system: You are a helpful assistant.
user:
Analyze the provided spectrum to determine if it is a **S-type Star**.

- **Key Indicators for S-type Star:**

    - **(Overall Spectrum Shape):** The first and most obvious characteristic is the overall continuum (the "baseline" shape). It is **extremely "red-sloping,"** meaning the flux (light intensity) is very low on the left side (blue, ~4000-4500 Å) and rises steeply and continuously toward the right side (red, ~7000 Å+).

    - **(Primary):** The spectrum is defined by the presence of strong, broad molecular absorption "valleys" (bands) from **Zirconium Oxide (ZrO)**. The identification of these bands is the **primary requirement** for classifying a star as S-type.
        - **(Key Bandheads):** You must find distinct, deep "dips" where the light has been absorbed. The most critical band systems to locate are:
            - **~6474 Å** ($\gamma$-system): This is often the strongest and clearest ZrO feature, found in the red part of the spectrum.
            - **~5718 Å** & **~5551 Å** ($\beta$-system): A pair of prominent absorption features in the yellow-orange part of the spectrum.
            - **~4640 Å** ($\alpha$-system): A key absorption band system in the blue-green region of the spectrum.

    - **(Secondary Confirmation):** The classification is strengthened by finding additional absorption bands from other related heavy element oxides, which are expected to be present alongside ZrO.
        - **(Key Bandheads):**
            - **Yttrium Oxide (YO):** Look for absorption dips near **~4800 Å** and **~6100 Å**.
            - **Lanthanum Oxide (LaO):** Additional absorption features, particularly in the red-orange part of the spectrum, are also characteristic.

    - **(Line Profile):** The combination of the steep red continuum and these numerous, deep molecular bands (ZrO, YO, etc.) gives the entire spectrum a very **"chopped-up"** or **"bumpy"** appearance. Instead of a smooth curve, the spectrum looks as though large, wide chunks of light have been "carved out" of it at the specific wavelengths listed above.

Think first, call **spectral_visualization_tool** if needed to examine features in detail, then provide your final answer. Your response must adhere to the following strict rules:
1.  **Overall Structure:** Your response must follow the format `<think>...</think> <tool_call>...</tool_call> (if a tool is used) <answer>...</answer>`.
2.  **Tool Usage Constraint:** You may only make **one** tool call per turn.
3.  **Final Answer Format:** In the `<answer>` tag, your conclusion must be inside a `\boxed{}` command (e.g., `\boxed{YES}` or `\boxed{NO}`), followed by your justification.

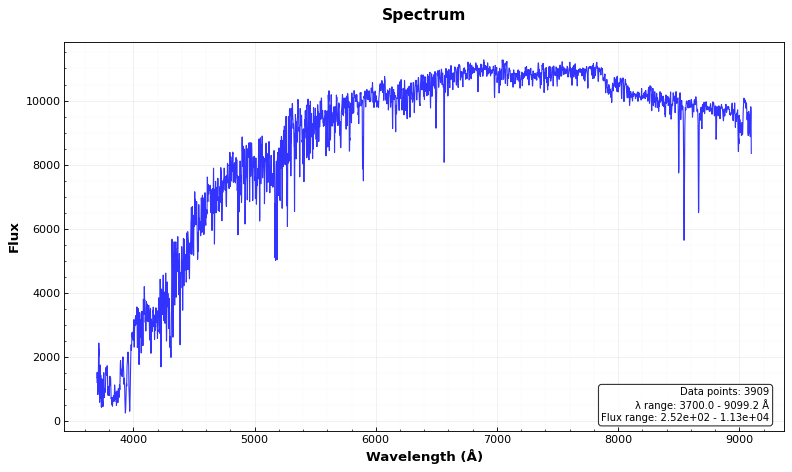
Answer: NO